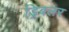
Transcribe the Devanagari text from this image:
ड्रिबलर